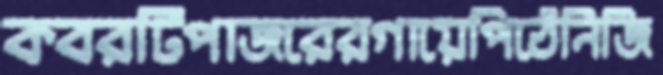
কবরটিপাজরেরগায়েপিঠেনিজি